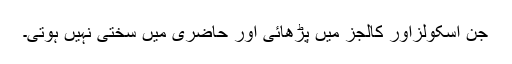
جن اسکولزاور کالجز میں پڑھائی اور حاضری میں سختی نہیں ہوتی۔